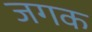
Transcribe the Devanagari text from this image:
जगक